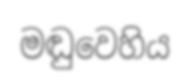
මඬුවෙහිය